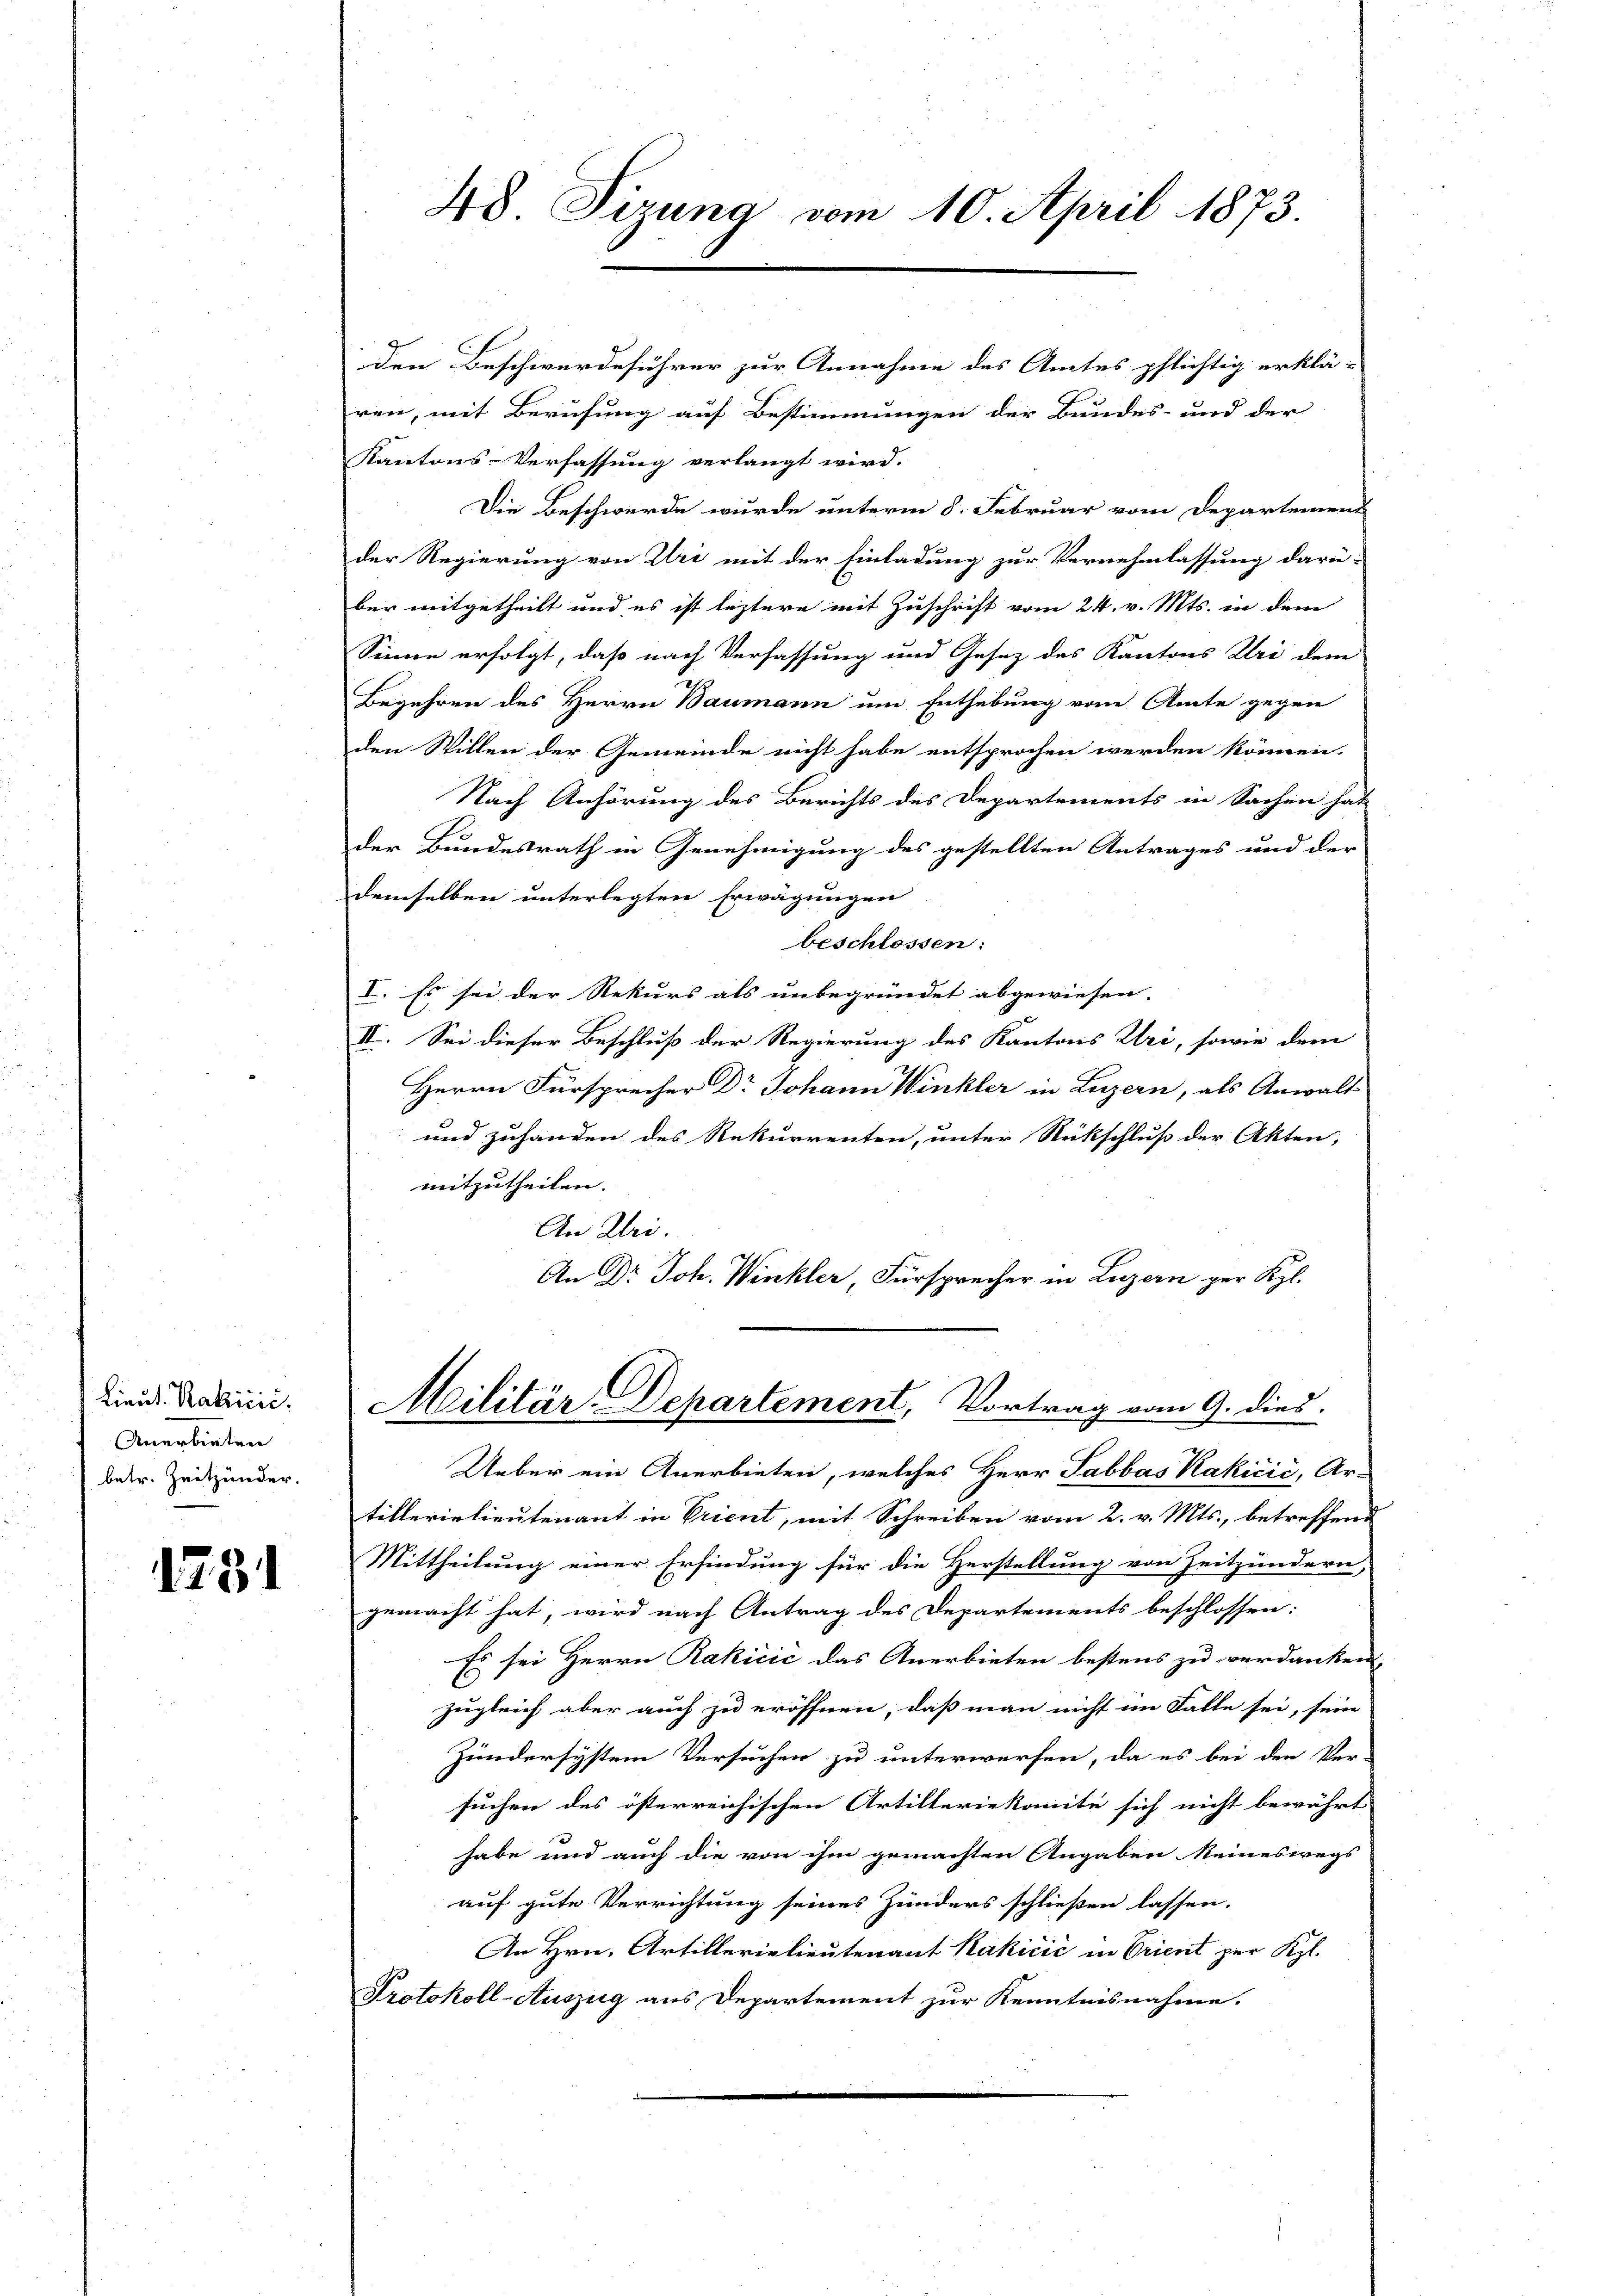
Lieut. Kakičić.
Anerbieten
betr. Zeitunder.

1731

48 Tizung vom 10. April 1873.

den Beschwerdeführer zur Annahme des Amtes pflichtig erklä-
ren, mit Berufung auf Bestimmungen der Bundes- und der
Kantons-Verfassung verlangt wird.
Die Beschwerde wurde unterm 8. Februar vom Departement
der Regierung von Uri mit der Einladung zur Vernehmlassung darü-
ber mitgetheilt und es ist leztere mit Zuschrift vom 24. v. Mts. in dem
Sinne erfolgt, daß nach Verfassung und Gesez des Kantons Uri dem
Begehren des Herrn Baumann um Enthebung vom Amte gegen
den Stillen der Gemeinde nicht habe entsprochen werden können.
Nach Anhörung des Berichts des Departements in Sachen hat
der Bundesrath in Genehmigung des gestellten Antrages und der
demselben unterlegten Erwägungen
beschlossen:
I. Es sei der Rekurs als unbegründet abgewiesen.
II. Sei dieser Beschluß der Regierung des Kantons Uri, sowie dem
Herrn Fürsprecher Dr Johann Winkler in Luzern, als Anwalt
und zuhanden des Rekurrenten, unter Rückschluß der Akten,
mitzutheilen. |
An Klei.
An Dr Joh. Winkler, Fürsprecher in Luzern per Kgl.
Militär-Departement, Vortrag vom 9. dies
Ueber ein Anerbieten, welches Herr Sabbas Kakičić, Ar-
tillerielieutenant in Prient, mit Schreiben vom 2. v. Mts., betreffend
Mittheilung einer Erfindung für die Herstellung von Zeitzündern,
gemacht hat, wird nach Antrag des Departements beschlossen:
Es sei Herrn Rakičić das Anerbieten bestens zu verdanken,
zugleich aber auch zu eröffnen, daß man nicht im Falle sei, sein
Zundersystem Versuchen zu unterwerfen, da es bei den Ver-
suchen des österreichischen Artilleriekomite sich nicht bewährt
habe und auch die von ihm gemachten Angaben seineswegs
auf gute Verrichtung seines Hunders schließen lassen.
An Hrn. Artillerielieutenant Kakičić in Orient per Kl.
Protokoll-Auszug aus Departement zur Kenntnisnahme.